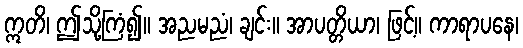
ဣတိ၊ ဤသို့ကြံ၍။ အညမညံ၊ ချင်း။ အာပတ္တိယာ၊ ဖြင့်။ ကာရာပနေ၊